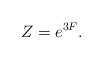
LaTeX: \begin{align*}Z=e^{3F} .\end{align*}